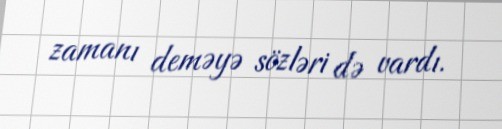
zamanı deməyə sözləri də vardı.